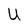
Character: U